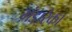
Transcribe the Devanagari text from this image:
भंडारेका